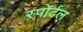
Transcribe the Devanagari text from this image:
स्पोर्टल